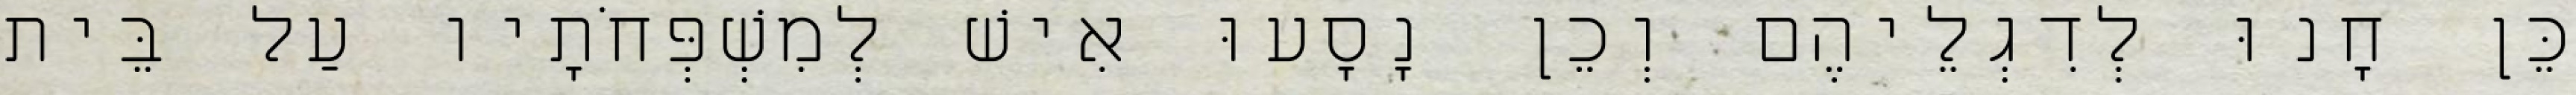
כֵּן חָנוּ לְדִגְלֵיהֶם וְכֵן נָסָעוּ אִישׁ לְמִשְׁפְּחֹתָיו עַל בֵּית